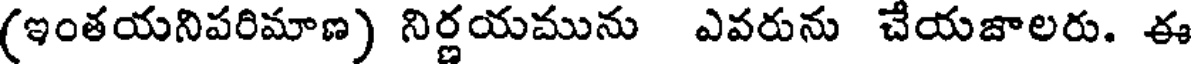
(ఇంతయనిపరిమాణ) నిర్ణయమును ఎవరును చేయజాలరు. ఈ